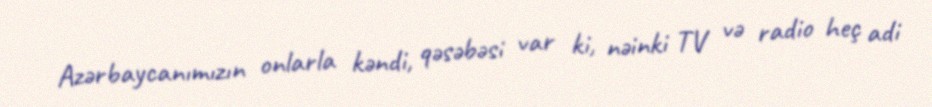
Azərbaycanımızın onlarla kəndi, qəsəbəsi var ki, nəinki TV və radio heç adi